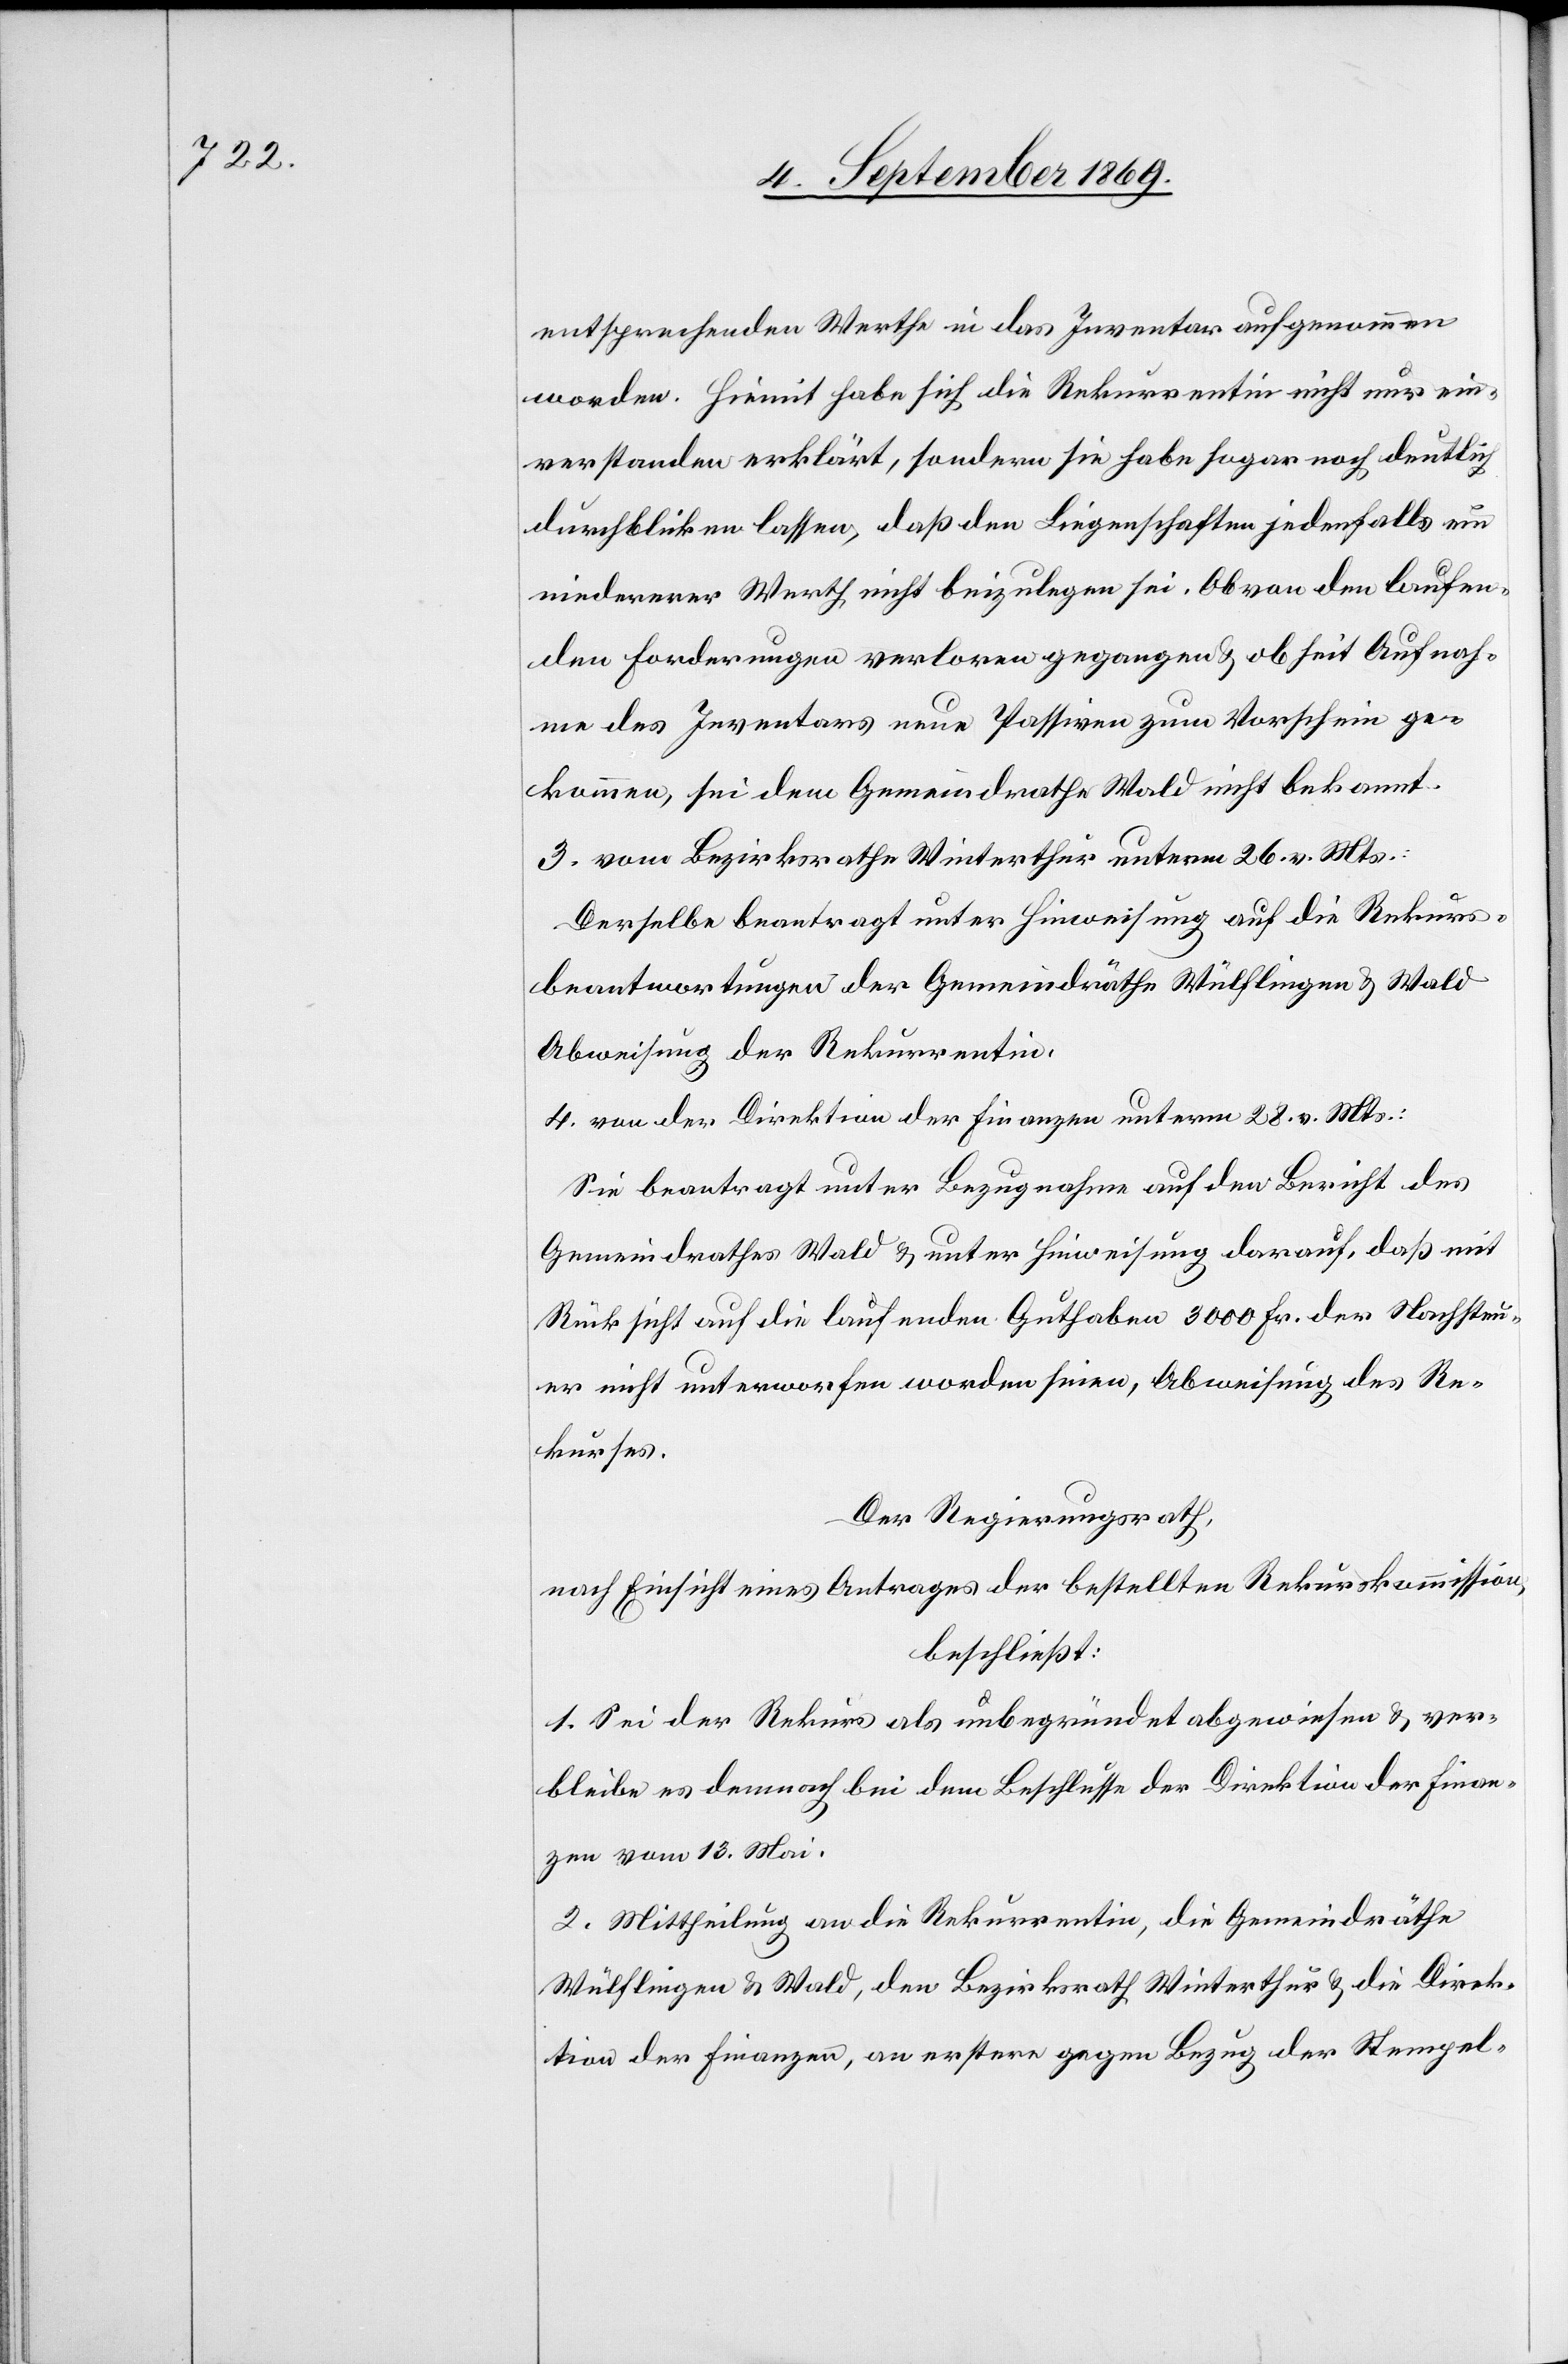
entsprechenden Werthe in das Inventar aufgenommen
worden. Hiemit habe sich die Rekurrentin nicht nur ein¬
verstanden erklärt, sondern sie habe sogar noch deutlich
durchblicken lassen, daß den Liegenschaften jedenfalls ein
niedererer Werth nicht beizulegen sei. Ob von den laufen¬
den Forderungen verloren gegangen & ob seit Aufnah¬
me des Inventars neue Passiven zum Vorschein ge¬
kommen, sei dem Gemeindrathe Wald nicht bekannt.
3. vom Bezirksrathe Winterthur unterm 26. v. Mts.:
Derselbe beantragt unter Hinweisung auf die Rekurs¬
beantwortungen der Gemeindräthe Wülflingen & Wald
Abweisung der Rekurrentin.
4. von der Direktion der Finanzen unterm 28. v. Mts.:
Sie beantragt unter Bezugnahme auf den Bericht des
Gemeindrathes Wald & unter Hinweisung darauf, daß mit
Rücksicht auf die laufenden Guthaben 3000 Fr. der Nachsteu¬
er nicht unterworfen worden seien, Abweisung des Re¬
kurses.
Der Regierungsrath,
nach Einsicht eines Antrages der bestellten Rekurskommission,
beschließt:
1. Sei der Rekurs als unbegründet abgewiesen & ver¬
bleibe es demnach bei dem Beschlusse der Direktion der Finan¬
zen vom 13. Mai.
2. Mittheilung an die Rekurrentin, die Gemeindräthe
Wülflingen & Wald, den Bezirksrath Winterthur & die Direk¬
tion der Finanzen, an erstere gegen Bezug der Stempel-